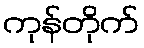
ကုန်တိုက်